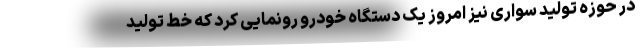
در حوزه تولید سواری نیز امروز یک دستگاه خودرو رونمایی کرد که خط تولید